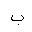
Letter: _ba